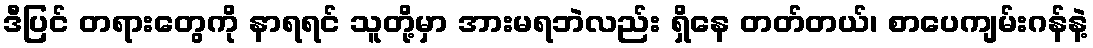
ဒီပြင် တရားတွေကို နာရရင် သူတို့မှာ အားမရဘဲလည်း ရှိနေ တတ်တယ်၊ စာပေကျမ်းဂန်နဲ့